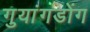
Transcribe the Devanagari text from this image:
गुयांगडोंग